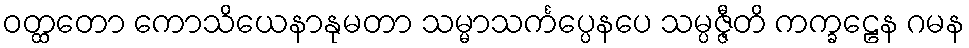
ဝတ္ထတော ကောသိယေနာနုမတာ သမ္မာသင်္ကပ္ပေနပေ သမ္ပဇ္ဇီတိ ကက္ခဠေန ဂမန